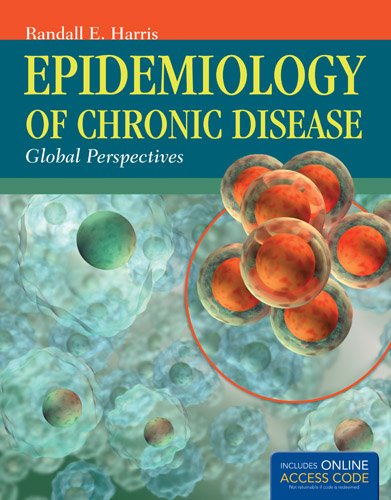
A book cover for Epidemiology Of Chronic Disease: Global Perspectives; Randall E. Harris; Medical Books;